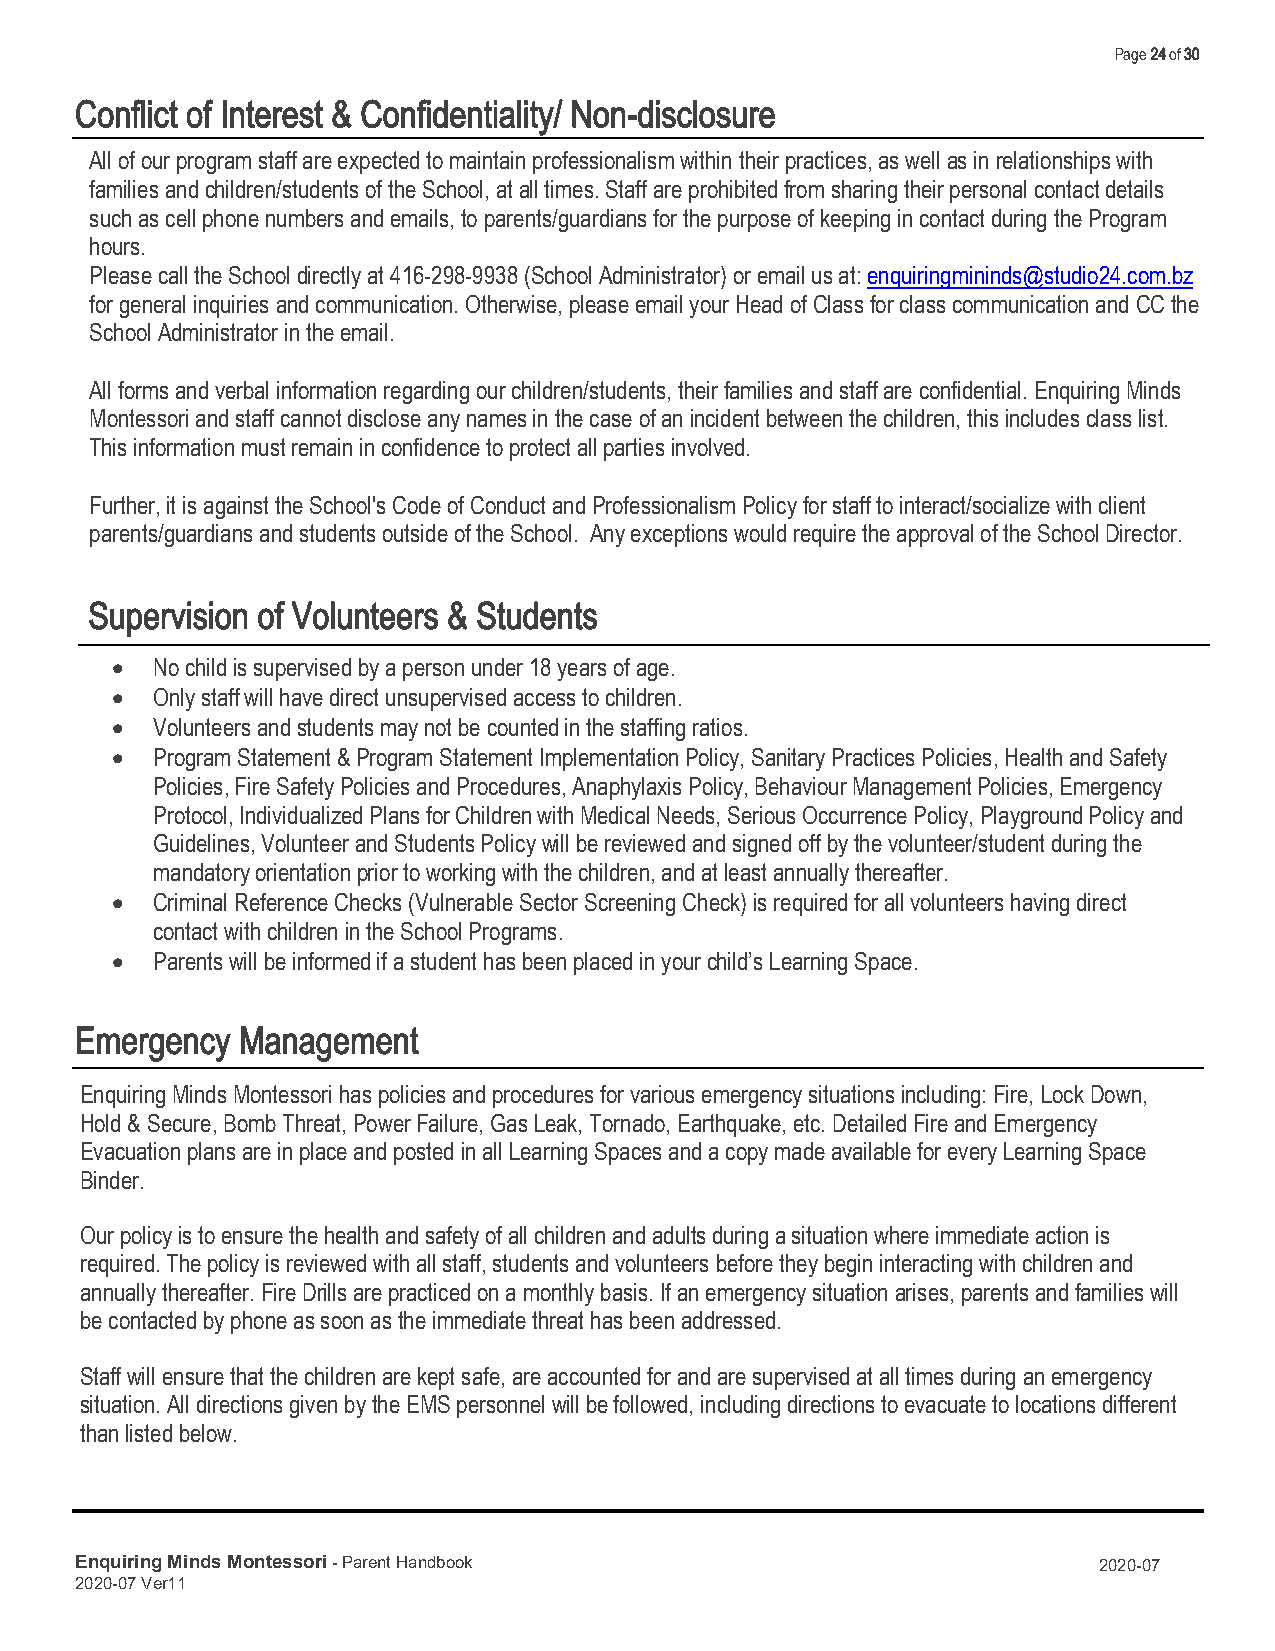
Page 24 of 30
 Conflict of Interest & Confidentiality/ Non-disclosure
 All of our program staff are expected to maintain professionalism within their practices, as well as in relationships with
 families and children/students of the School, at all times. Staff are prohibited from sharing their personal contact details
 such as cell phone numbers and emails, to parents/guardians for the purpose of keeping in contact during the Program
 hours.
 Please call the School directly at 416-298-9938 (School Administrator) or email us at: enquiringmininds@studio24.com.bz
 for general inquiries and communication. Otherwise, please email your Head of Class for class communication and CC the
 School Administrator in the email.
 All forms and verbal information regarding our children/students, their families and staff are confidential. Enquiring Minds
 Montessori and staff cannot disclose any names in the case of an incident between the children, this includes class list.
 This information must remain in confidence to protect all parties involved.
 Further, it is against the School's Code of Conduct and Professionalism Policy for staff to interact/socialize with client
 parents/guardians and students outside of the School. Any exceptions would require the approval of the School Director.
 Supervision of Volunteers & Students
 •  No child is supervised by a person under 18 years of age.
 •  Only staff will have direct unsupervised access to children.
 •  Volunteers and students may not be counted in the staffing ratios.
 •  Program Statement & Program Statement Implementation Policy, Sanitary Practices Policies, Health and Safety
 Policies, Fire Safety Policies and Procedures, Anaphylaxis Policy, Behaviour Management Policies, Emergency
 Protocol, Individualized Plans for Children with Medical Needs, Serious Occurrence Policy, Playground Policy and
 Guidelines, Volunteer and Students Policy will be reviewed and signed off by the volunteer/student during the
 mandatory orientation prior to working with the children, and at least annually thereafter.
 •  Criminal Reference Checks (Vulnerable Sector Screening Check) is required for all volunteers having direct
 contact with children in the School Programs.
 •  Parents will be informed if a student has been placed in your child’s Learning Space.
 Emergency  Management
 Enquiring Minds Montessori has policies and procedures for various emergency situations including: Fire, Lock Down,
 Hold & Secure, Bomb Threat, Power Failure, Gas Leak, Tornado, Earthquake, etc. Detailed Fire and Emergency
 Evacuation plans are in place and posted in all Learning Spaces and a copy made available for every Learning Space
 Binder.
 Our policy is to ensure the health and safety of all children and adults during a situation where immediate action is
 required. The policy is reviewed with all staff, students and volunteers before they begin interacting with children and
 annually thereafter. Fire Drills are practiced on a monthly basis. If an emergency situation arises, parents and families will
 be contacted by phone as soon as the immediate threat has been addressed.
 Staff will ensure that the children are kept safe, are accounted for and are supervised at all times during an emergency
 situation. All directions given by the EMS personnel will be followed, including directions to evacuate to locations different
 than listed below..
 Enquiring Minds Montessori - Parent Handbook                        2020-07
 2020-07 Ver11